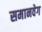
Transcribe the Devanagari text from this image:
समानवेग